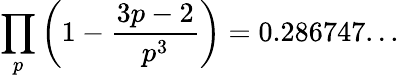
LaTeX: \prod_{p}\left(1-{\frac{3p-2}{p^{3}}}\right)=0.286747...